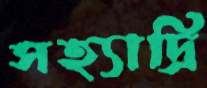
সহ্যাদ্রি